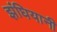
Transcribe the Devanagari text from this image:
झंघियानी